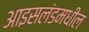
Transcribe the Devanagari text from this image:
आइसलंडमधील